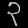
Digit: ၃